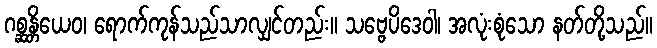
ဂစ္ဆန္တိယေဝ၊ ရောက်ကုန်သည်သာလျှင်တည်း။ သဗ္ဗေပိဒေဝါ၊ အလုံးစုံသော နတ်တို့သည်။